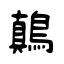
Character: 鷏